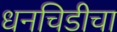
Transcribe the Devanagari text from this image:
धनचिडीचा